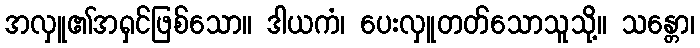
အလှူ၏အရှင်ဖြစ်သော။ ဒါယကံ၊ ပေးလှူတတ်သောသူသို့။ သန္တော၊